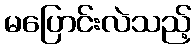
မပြောင်းလဲသည့်